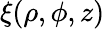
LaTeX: \xi(\rho,\phi,z)